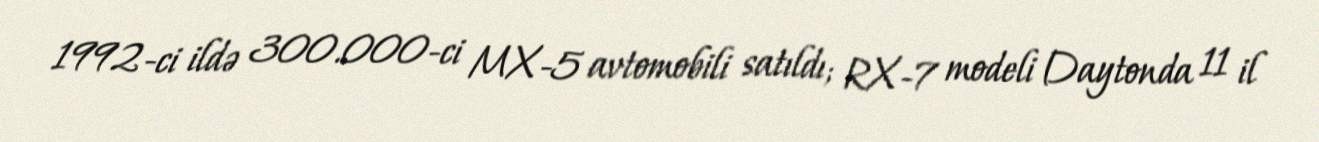
1992-ci ildə 300.000-ci MX-5 avtomobili satıldı; RX-7 modeli Daytonda 11 il